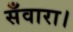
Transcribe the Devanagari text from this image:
सँवारा।